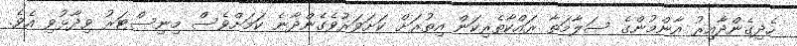
ހެދިގެންދާއިރު އާންމުންގެ ސަލާމަތާ ރައްކާތެރިކަން އިތުރަށް ކަށަވަރުވެގެންދާނެ ކަމަށްވެސް މިނިސްޓަރު ވިދާޅުވި އެވެ.